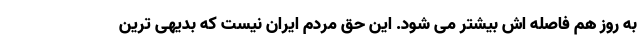
به روز هم فاصله اش بیشتر می شود. این حق مردم ایران نیست که بدیهی ترین